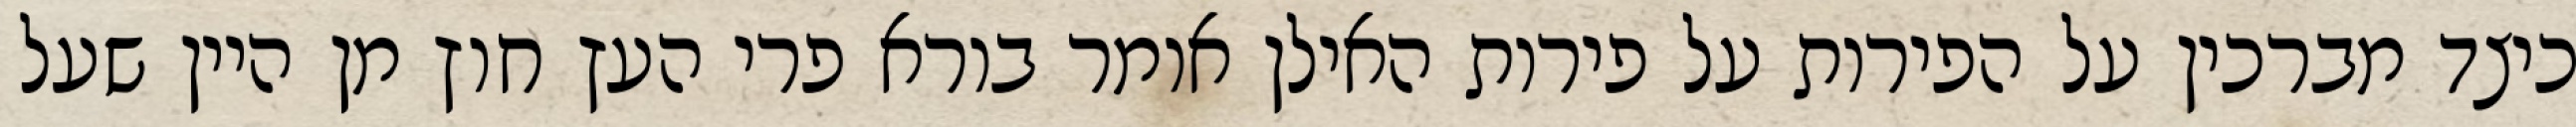
כיצד מברכין על הפירות על פירות האילן אומר בורא פרי העץ חוץ מן היין שעל